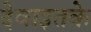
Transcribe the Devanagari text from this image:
देवाइतके